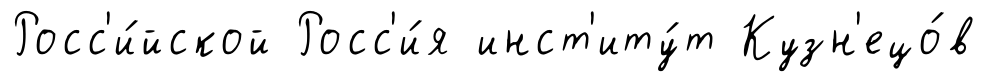
Росс'и́йской Росс'и́я инст'иту́т Кузн'ецо́в